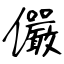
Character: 儼